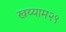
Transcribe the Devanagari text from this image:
खय्याम२९